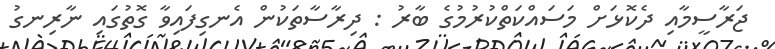
ޖަރާސީމާއި ދެކޮޅަށް މަސައްކަތްކުރުމުގެ ބާރު : ދިރާސާތަކުން އެނގިފައިވާ ގޮތުގައި ނާރިނގު